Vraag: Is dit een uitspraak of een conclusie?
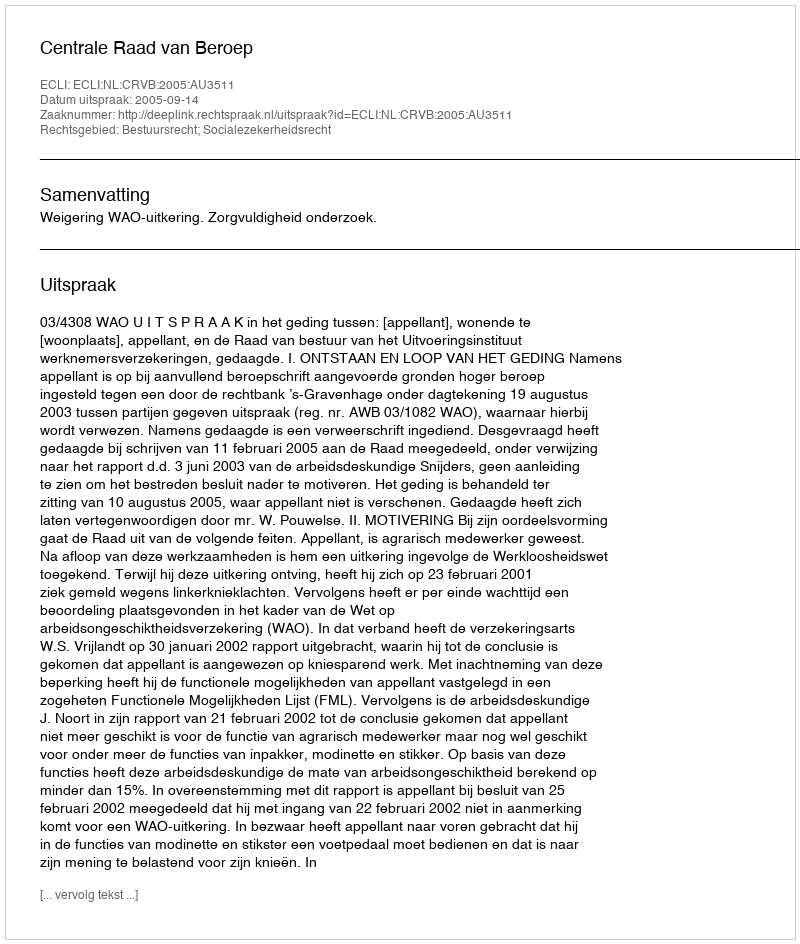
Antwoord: Uitspraak